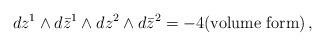
LaTeX: \begin{align*}dz^1\wedge d\bar{z}^1 \wedge dz^2\wedge d\bar{z}^2 = -4(\textrm{volume form})\,,\end{align*}